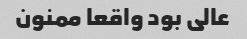
عالی بود واقعا ممنون